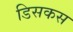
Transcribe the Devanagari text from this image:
डिसकस